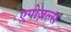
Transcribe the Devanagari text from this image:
एपोज़ल्स